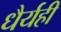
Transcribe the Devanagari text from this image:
धैर्यही